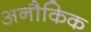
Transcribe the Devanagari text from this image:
अनौकिक